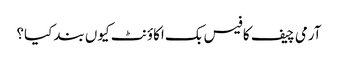
آرمی چیف کا فیس بک اکاؤنٹ کیوں بند کیا؟